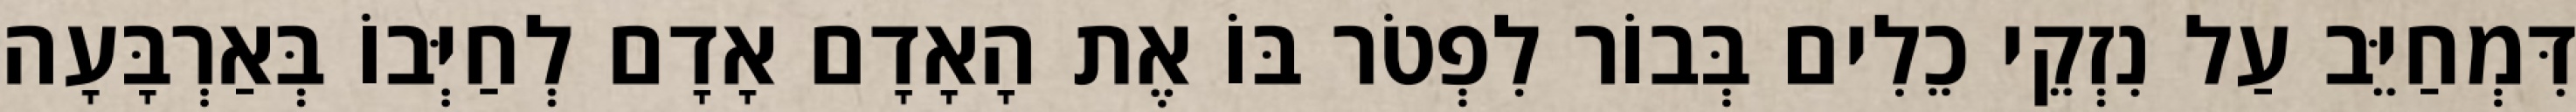
דִּמְחַיֵּב עַל נִזְקֵי כֵלִים בְּבוֹר לִפְטֹר בּוֹ אֶת הָאָדָם אָדָם לְחַיְּבוֹ בְּאַרְבָּעָה